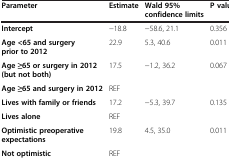
<table><thead><tr><td><b>Parameter</b></td><td><b>Estimate</b></td><td><b>Wald 95% confidence limits</b></td><td><b>P value</b></td></tr></thead><tbody><tr><td><b>Intercept</b></td><td>−18.8</td><td>−58.6, 21.1</td><td>0.356</td></tr><tr><td><b>Age &lt;65 and surgery prior to 2012</b></td><td>22.9</td><td>5.3, 40.6</td><td>0.011</td></tr><tr><td><b>Age ≥65 or surgery in 2012 (but not both)</b></td><td>17.5</td><td>−1.2, 36.2</td><td>0.067</td></tr><tr><td><b>Age ≥65 and surgery in 2012</b></td><td>REF</td><td> </td><td> </td></tr><tr><td><b>Lives with family or friends</b></td><td>17.2</td><td>−5.3, 39.7</td><td>0.135</td></tr><tr><td><b>Lives alone</b></td><td>REF</td><td> </td><td> </td></tr><tr><td><b>Optimistic preoperative expectations</b></td><td>19.8</td><td>4.5, 35.0</td><td>0.011</td></tr><tr><td><b>Not optimistic</b></td><td>REF</td><td> </td><td> </td></tr></tbody></table>